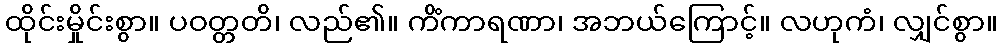
ထိုင်းမှိုင်းစွာ။ ပဝတ္တတိ၊ လည်၏။ ကိံကာရဏာ၊ အဘယ်ကြောင့်။ လဟုကံ၊ လျှင်စွာ။